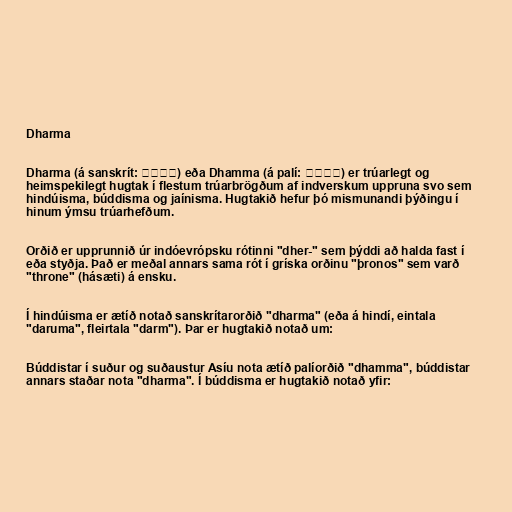
Dharma

Dharma (á sanskrít: धर्म) eða Dhamma (á palí: धम्म) er trúarlegt og
heimspekilegt hugtak í flestum trúarbrögðum af indverskum uppruna svo sem
hindúisma, búddisma og jaínisma. Hugtakið hefur þó mismunandi þýðingu í
hinum ýmsu trúarhefðum.

Orðið er upprunnið úr indóevrópsku rótinni "dher-" sem þýddi að halda fast í
eða styðja. Það er meðal annars sama rót í gríska orðinu "þronos" sem varð
"throne" (hásæti) á ensku.

Í hindúisma er ætíð notað sanskrítarorðið "dharma" (eða á hindí, eintala
"daruma", fleirtala "darm"). Þar er hugtakið notað um:

Búddistar í suður og suðaustur Asíu nota ætíð palíorðið "dhamma", búddistar
annars staðar nota "dharma". Í búddisma er hugtakið notað yfir: